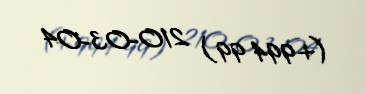
(+994 99) 210-03-04